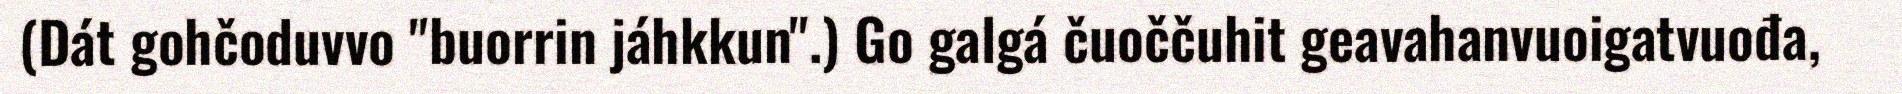
(Dát gohčoduvvo "buorrin jáhkkun".) Go galgá čuoččuhit geavahanvuoigatvuođa,